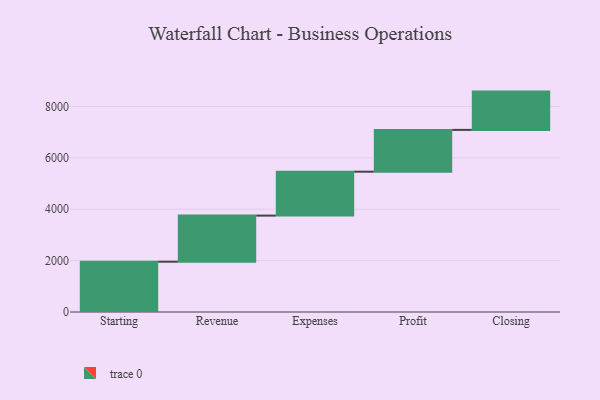
{"axis": {"x": "Step", "y": "Value"}, "legend": [""], "data": [{"x": "Starting", "y": 1957.0, "type": ""}, {"x": "Revenue", "y": 1795.0, "type": ""}, {"x": "Expenses", "y": 1709.0, "type": ""}, {"x": "Profit", "y": 1627.0, "type": ""}, {"x": "Closing", "y": 1490.0, "type": ""}]}